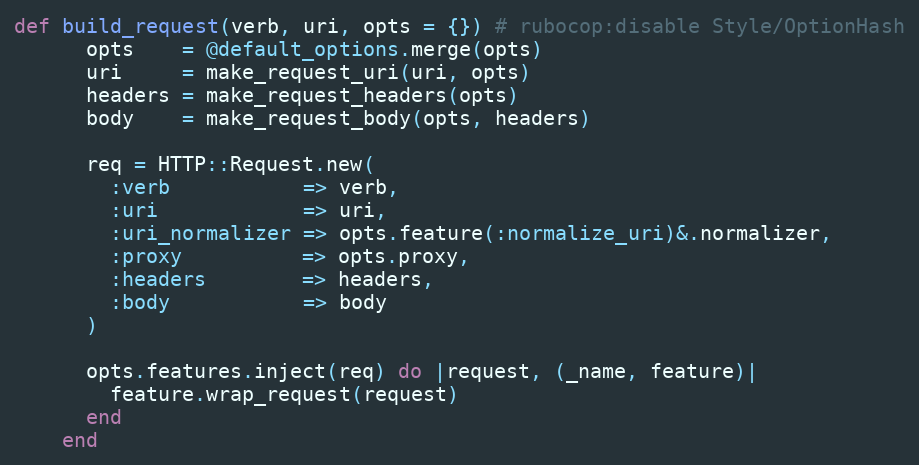
Language: Ruby
def build_request(verb, uri, opts = {}) # rubocop:disable Style/OptionHash
      opts    = @default_options.merge(opts)
      uri     = make_request_uri(uri, opts)
      headers = make_request_headers(opts)
      body    = make_request_body(opts, headers)

      req = HTTP::Request.new(
        :verb           => verb,
        :uri            => uri,
        :uri_normalizer => opts.feature(:normalize_uri)&.normalizer,
        :proxy          => opts.proxy,
        :headers        => headers,
        :body           => body
      )

      opts.features.inject(req) do |request, (_name, feature)|
        feature.wrap_request(request)
      end
    end